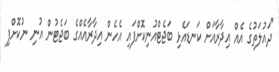
"ދައުލަތުގެ އެއް އިދާރާއަށް ކަނޑައެޅި ބަޖެޓްއުނިކޮށްފައި އެހެން އިދާރާއެއްގެ ބަޖެޓުން އުނި ނުކޮށްފި